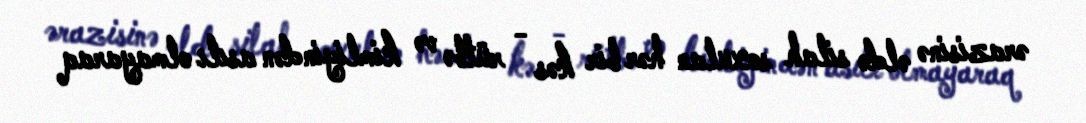
ərazisinə əldə silah soxulan hər bir kəs - rütbə və kimliyindən asılı olmayaraq